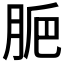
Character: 𦛐